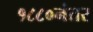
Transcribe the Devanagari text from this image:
१८८०नंतर